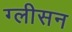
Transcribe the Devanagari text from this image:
ग्‍लीसन